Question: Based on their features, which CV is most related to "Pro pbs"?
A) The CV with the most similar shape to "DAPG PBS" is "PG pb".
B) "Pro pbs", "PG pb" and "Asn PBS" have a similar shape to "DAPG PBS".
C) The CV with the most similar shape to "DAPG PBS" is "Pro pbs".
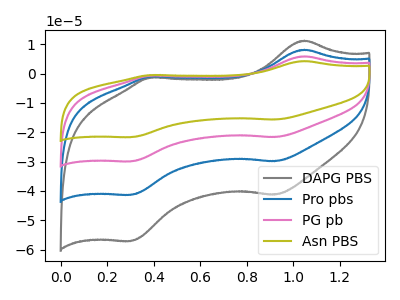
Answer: <think>The gray curve "DAPG PBS" has anodic peaks at (1.05V, 11.25uA) (0.40V, -1.35uA) and cathodic peaks at (0.90V, -41.30uA) (0.30V, -57.15uA). The blue curve "Pro pbs" has anodic peaks at (1.05V, 8.15uA) (0.40V, -0.95uA) and cathodic peaks at (0.90V, -29.90uA) (0.30V, -41.40uA). The pink curve "PG pb" has anodic peaks at (1.05V, 16.25uA) (0.40V, -1.95uA) and cathodic peaks at (0.90V, -59.80uA) (0.30V, -82.75uA). The olive curve "Asn PBS" has anodic peaks at (1.05V, 24.40uA) (0.40V, -2.90uA) and cathodic peaks at (0.90V, -89.70uA) (0.30V, -124.15uA).
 All the peaks in "DAPG PBS" have a peak in "Pro pbs" at the same potential. All the peaks in "DAPG PBS" have a peak in "PG pb" at the same potential. All the peaks in "DAPG PBS" have a peak in "Asn PBS" at the same potential. All the peaks in "Pro pbs" have a peak in "PG pb" at the same potential. All the peaks in "Pro pbs" have a peak in "Asn PBS" at the same potential. All the peaks in "PG pb" have a peak in "Asn PBS" at the same potential.</think>
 <answer>B) "Pro pbs", "PG pb" and "Asn PBS" have a similar shape to "DAPG PBS".</answer>
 <eval>B</eval>